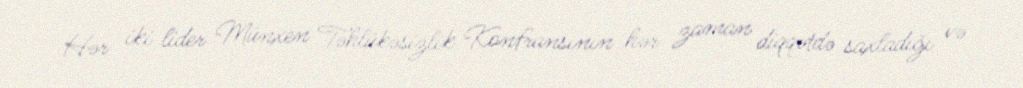
Hər iki lider Münxen Təhlükəsizlik Konfransının hər zaman diqqətdə saxladığı və